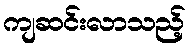
ကျဆင်းလာသည့်